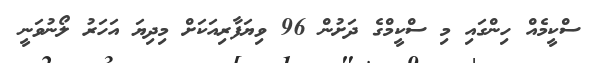
ސްކީމެއް ހިންގައި މި ސްކީމްގެ ދަށުން 96 ވިޔަފާރިއަކަށް މިދިޔަ އަހަރު ލޯނުވަނީ